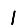
Digit: 1